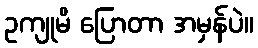
ဥကျုမိ ပြောတာ အမှန်ပဲ။